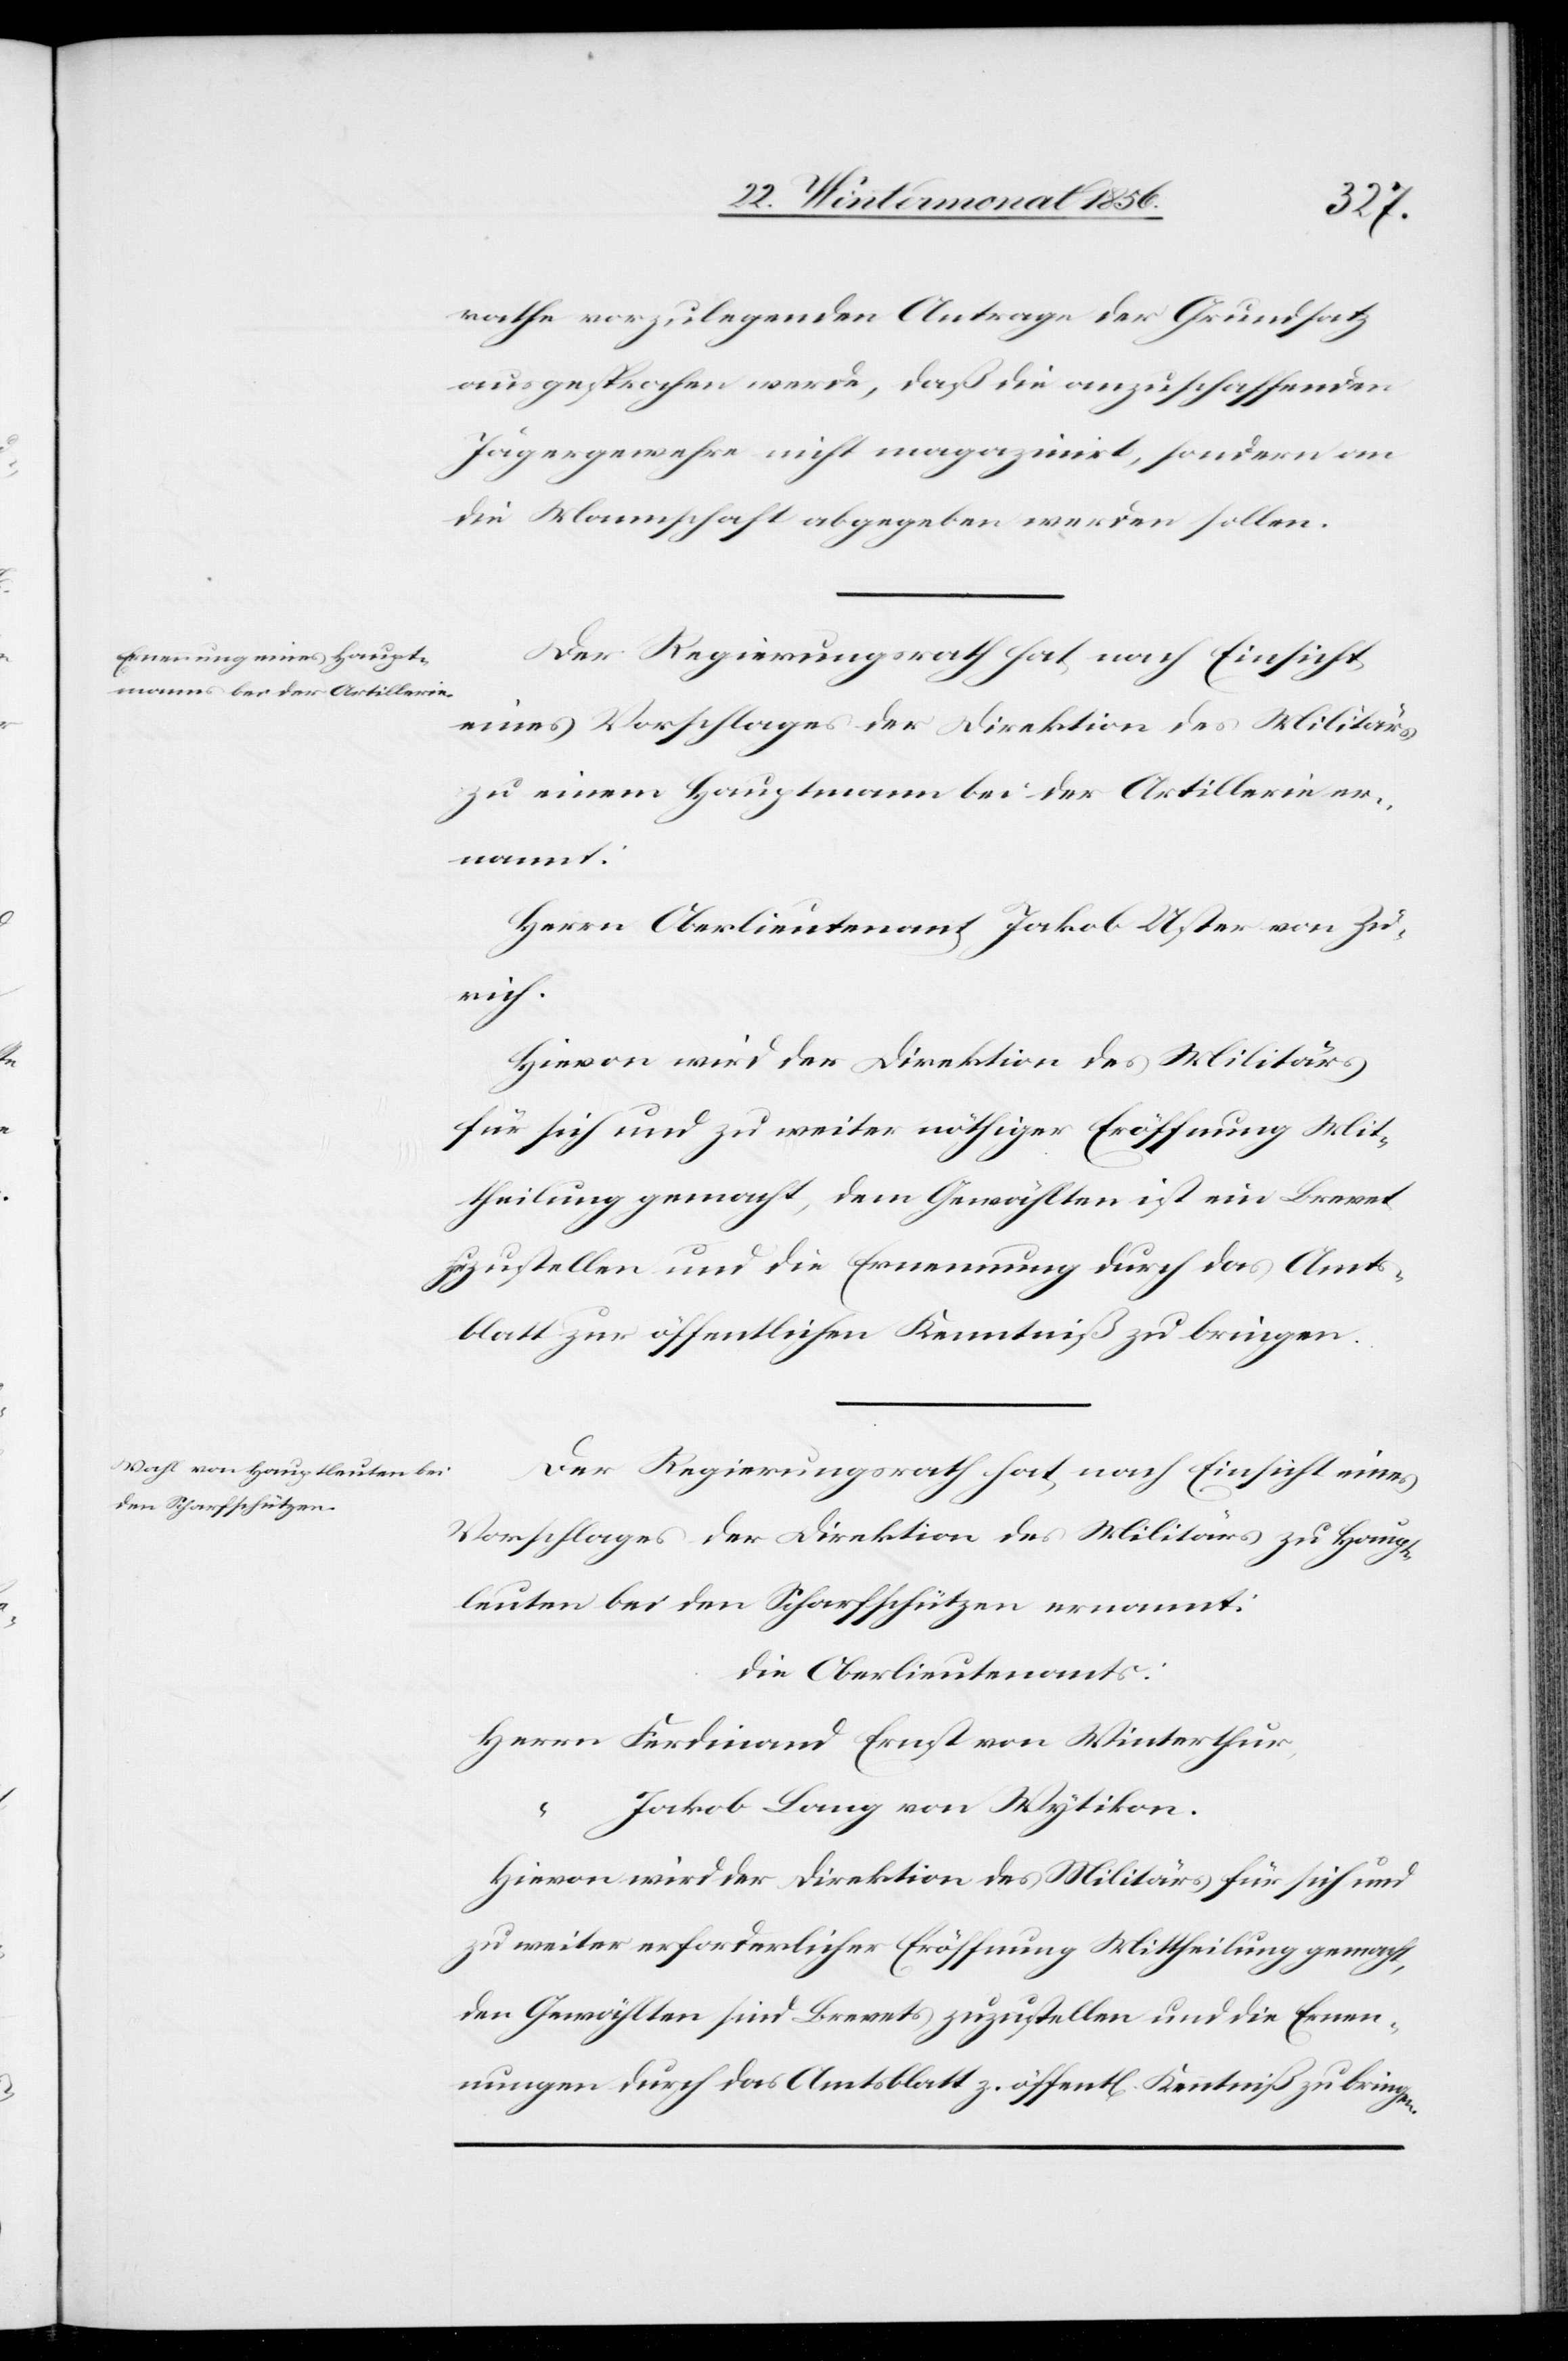
rathe vorzutragenden Antrage der Grundsatz
ausgesprochen werde, daß die anzuschaffenden
Jägergewehre nicht magazinirt, sondern an
die Mannschaft abgegeben werden sollen.
Der Regierungsrath hat nach Einsicht
eines Vorschlages der Direktion des Militärs
zu einem Hauptmann bei der Artillerie er¬
nannt:
Herrn Oberstlieutenant Jakob Uster von Zü¬
rich.
Hievon wird der Direktion des Militärs
für sich und zu weiter nöthiger Eröffnung Mit¬
theilung gemacht, dem Gewählten ist ein Brevet
zuzustellen und die Ernennung durch das Amts¬
blatt zur öffentlichen Kenntniß zu bringen.
Der Regierungsrath hat nach Einsicht eines
Vorschlages der Direktion des Militärs zu Haupt¬
leuten bei den Schaftschützen ernannt:
die Oberstlieutenants:
Herrn Ferdinand Ernst von Winterthur,
“	 Jakob Lang von Wytikon.
Hievon wird der Direktion des Militärs für sich und
zu weiter erforderlicher Eröffnung Mittheilung gemacht,
den Gewählten sind Brevets zuzustellen und die Ernen¬
nung durch das Amtsblatt z. öffentl[ichen] Kenntniß zu bringen.